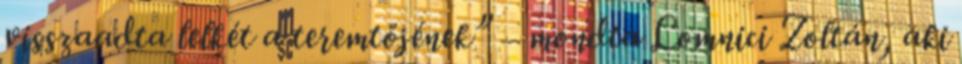
visszaadta lelkét a teremtőjének” – mondta Lomnici Zoltán, aki